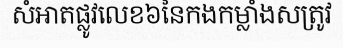
សំអាតផ្លូវលេខ៦នៃកងកម្លាំងសត្រូវ